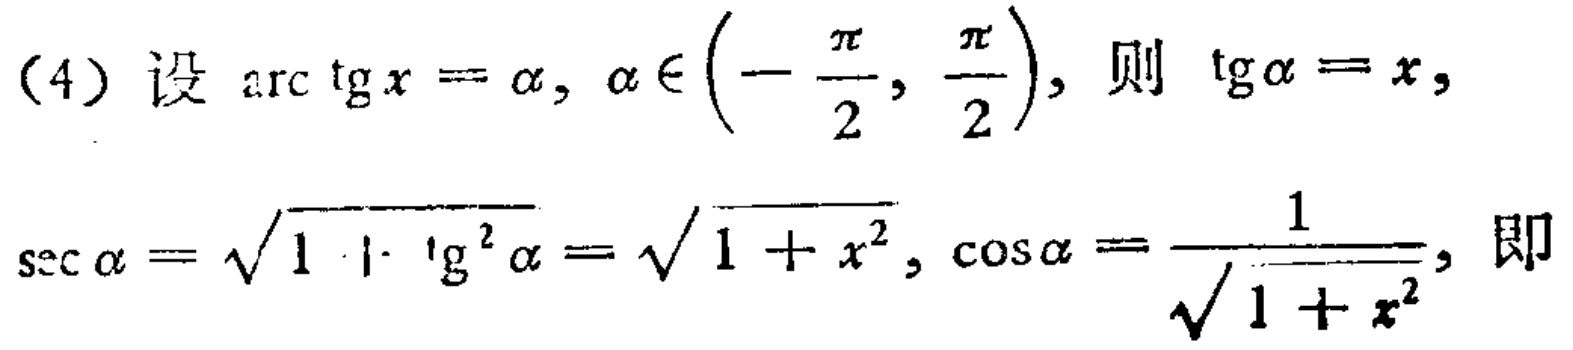
(4) 设\(\arctan x = \alpha, \alpha \in \left(-\frac{\pi}{2}, \frac{\pi}{2}\right)\)，则 \(\tan\alpha = x\)，
\(\sec\alpha = \sqrt{1 + \tan^{2}\alpha}=\sqrt{1 + x^{2}}, \cos\alpha = \frac{1}{\sqrt{1 + x^{2}}}\)，即